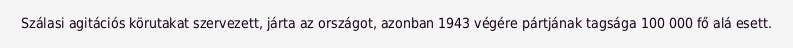
Szálasi agitációs körutakat szervezett, járta az országot, azonban 1943 végére pártjának tagsága 100 000 fő alá esett.